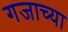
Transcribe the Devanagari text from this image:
गजाच्या